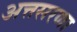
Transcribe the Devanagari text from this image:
अत्तसरणा